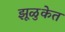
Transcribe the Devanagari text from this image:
झूळुकेत